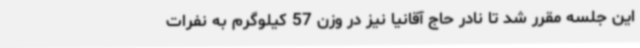
این جلسه مقرر شد تا نادر حاج آقانیا نیز در وزن 57 کیلوگرم به نفرات